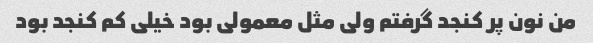
من نون پر کنجد گرفتم ولی مثل معمولی بود خیلی کم کنجد بود